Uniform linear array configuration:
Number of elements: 32
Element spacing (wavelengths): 0.75
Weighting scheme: exponential
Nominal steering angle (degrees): -45
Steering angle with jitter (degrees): -43.729
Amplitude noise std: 0.05
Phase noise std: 0.05

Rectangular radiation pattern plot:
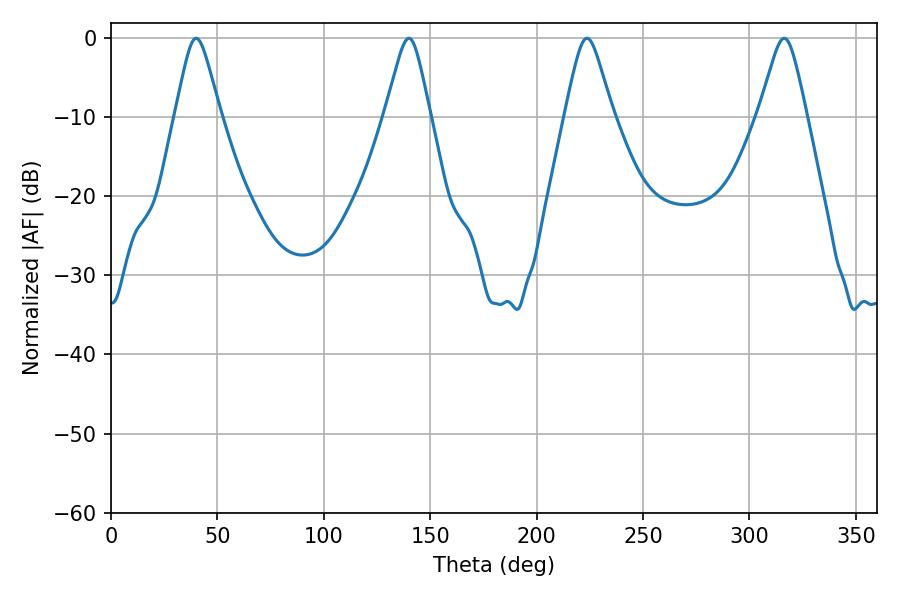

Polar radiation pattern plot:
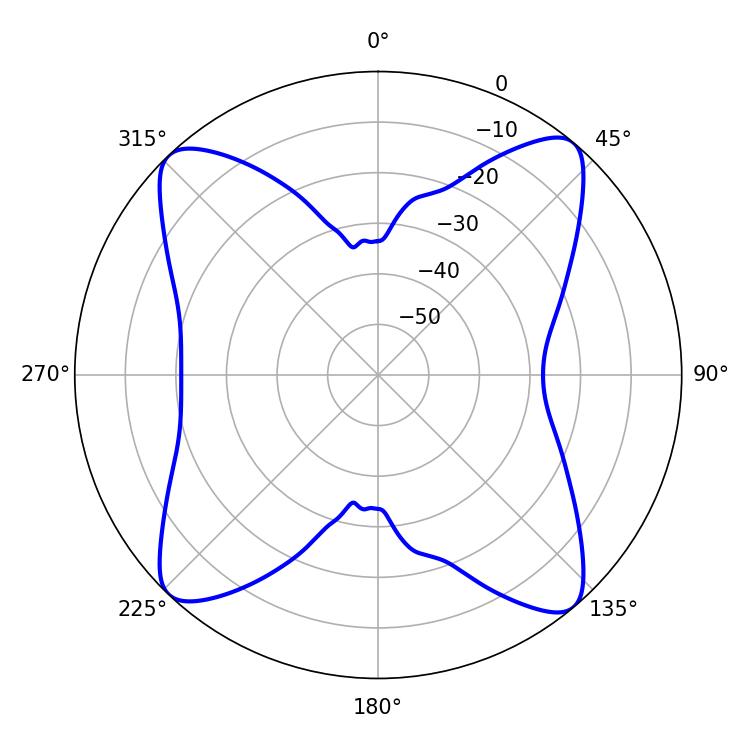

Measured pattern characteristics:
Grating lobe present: TRUE
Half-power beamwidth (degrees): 9.9
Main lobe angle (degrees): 39.96